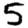
Digit: 5